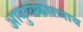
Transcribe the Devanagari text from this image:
आयुष्यकारणाय